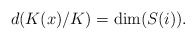
\begin{align*} d(K(x)/K) = \dim (S(i)). \end{align*}